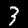
Label: 3